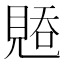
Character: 𰴑